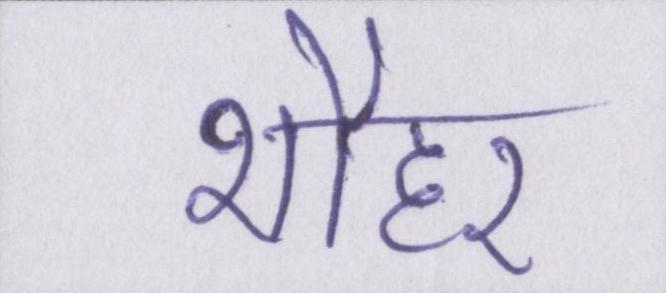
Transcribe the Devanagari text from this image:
शौहर